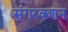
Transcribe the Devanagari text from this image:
संगरक्शन